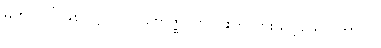
မဟာ-ပါ-၉၈၊ ဋ္ဌ-၂၀၇၊ ဗောဇ္ဈင် ၇-ပါးကို ပွားသင့်သော ကာလ၊